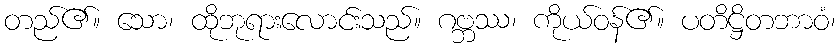
တည်၏။ သော၊ ထိုဘုရားလောင်းသည်။ ဂဗ္ဘဿ၊ ကိုယ်ဝန်၏။ ပတိဋ္ဌိတဘာဝံ၊